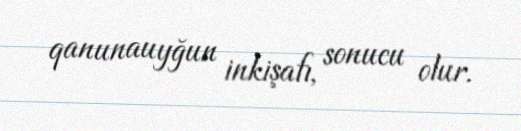
qanunauyğun inkişafı, sonucu olur.